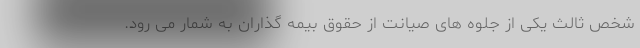
شخص ثالث یکی از جلوه های صیانت از حقوق بیمه گذاران به شمار می رود.